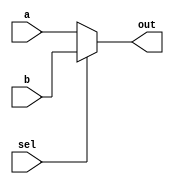
`timescale 1ns / 1ps
//////////////////////////////////////////////////////////////////////////////////
// Company: 
// Engineer: 
// 
// Design Name: 
// Module Name: mux2
// Project Name: 
// Target Devices: 
// Tool Versions: 
// Description: 
// 
// Dependencies: 
// 
// Revision:
// Revision 0.01 - File Created
// Additional Comments:
// 
//////////////////////////////////////////////////////////////////////////////////


module mux2 #(parameter WIDTH=32)
             (input [WIDTH-1:0] a,
              input [WIDTH-1:0] b,
              input sel,
              output [WIDTH-1:0] out);
    assign out=(sel==0)?a:b;
endmodule